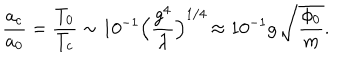
{ \frac { a _ { c } } { a _ { 0 } } } = { \frac { T _ { 0 } } { T _ { c } } } \sim 1 0 ^ { - 1 } \Bigr ( { \frac { g ^ { 4 } } { \lambda } } \Bigl ) ^ { 1 / 4 } \, \approx 1 0 ^ { - 1 } g \, \sqrt { \frac { \phi _ { 0 } } { m } } .